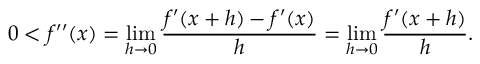
0 < f ^ { \prime \prime } ( x ) = \operatorname* { l i m } _ { h \to 0 } { \frac { f ^ { \prime } ( x + h ) - f ^ { \prime } ( x ) } { h } } = \operatorname* { l i m } _ { h \to 0 } { \frac { f ^ { \prime } ( x + h ) } { h } } .